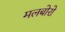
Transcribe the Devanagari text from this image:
मलबोरो